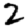
Digit: 2